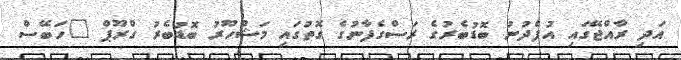
އަދި ރާއްޖޭގައި އުފެދުނު ބޮޑުބެރުގެ ރަސްގެފާނުގެ ގޮތުގައި މަޝްހޫރު ބޮޑުބެރު ގްރޫޕް "ހަބޭސް